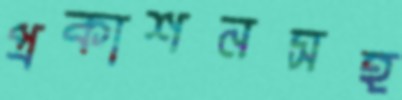
প্রকাশনসহ